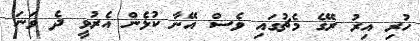
ހުރި އިރު ރޭގެ މެޗުގައި ވެސް އޭނާ ކުޅެން އެރުވީ ދެ ވަނަ